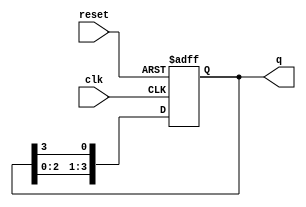
module bistable_ring_counter (
    input wire clk,          // Clock input
    input wire reset,        // Asynchronous reset input
    output reg [N-1:0] q     // Output state of the counter
);
    parameter N = 4;         // Number of flip-flops (adjust as needed)

    // Initial state
    initial begin
        q = 1'b1;            // Set the initial state to 0001 (only the first flip-flop is high)
    end

    always @(posedge clk or posedge reset) begin
        if (reset) begin
            q <= 1'b1;       // Reset state to 0001
        end else begin
            // Shift the '1' to the right
            q <= {q[N-2:0], q[N-1]}; // Shift right and wrap around
        end
    end
endmodule